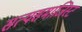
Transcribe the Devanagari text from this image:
सत्यसमाजिस्ट